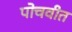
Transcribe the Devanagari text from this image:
पोचवीत